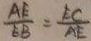
\frac { A E } { E B } = \frac { E C } { A E }